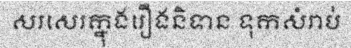
សរសេរក្នុងរឿងនិទាន ទុកសំរាប់